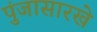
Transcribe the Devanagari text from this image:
पुंजासारखे